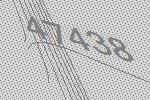
47438